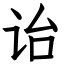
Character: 诒